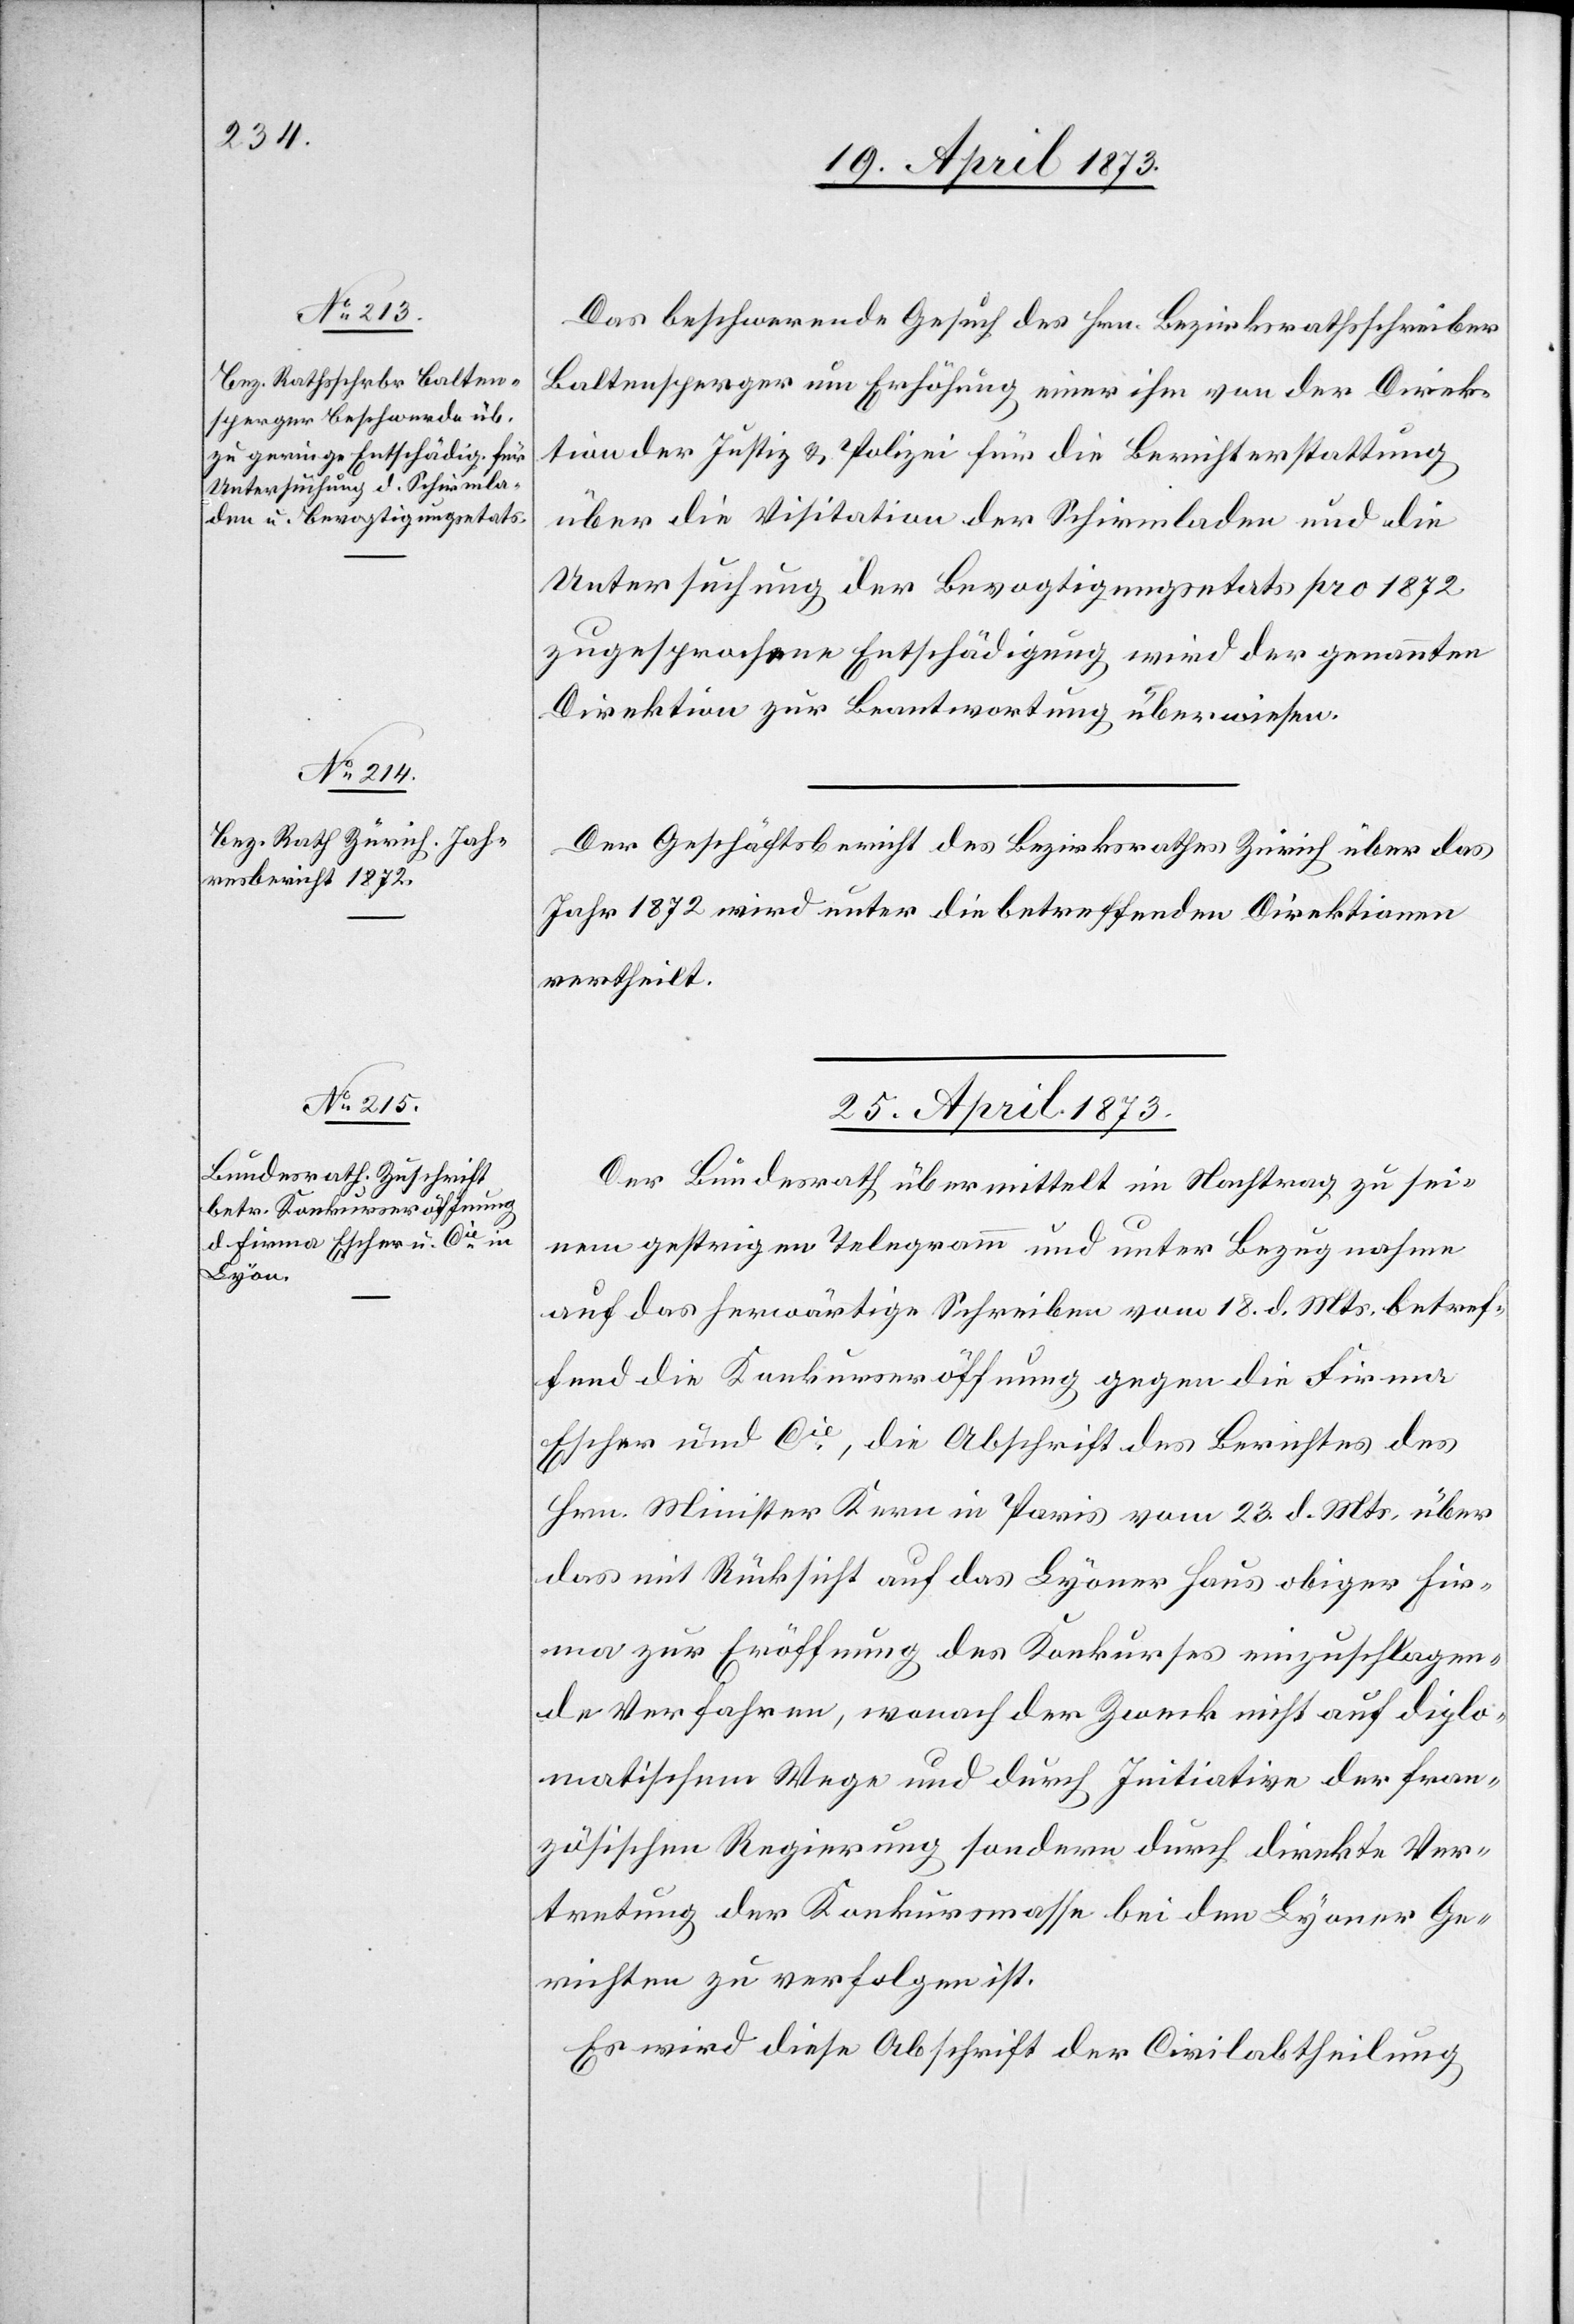
24. April 1873]
Das beschwerende Gesuch des Hrn. Bezirksrathsschreiber
Baltensperger um Erhöhung einer ihm von der Direk¬
tion der Justiz & Polizei für die Berichterstattung
über die Visitation der Schirmladen und die
Untersuchung der Bevogtigungsetats pro 1872
zugesprochene Entschädigung wird der genannten
Direktion zur Beantwortung überwiesen.
Der Geschäftsbericht des Bezirksrathes Zürich über das
Jahr 1872 wird unter die betreffenden Direktionen
vertheilt.
25. April 1873
Der Bundesrath übermittelt im Nachtrag zu sei¬
nem gestrigen Telegramm und unter Bezugnahme
auf das herwärtige Schreiben vom 18. d. Mts. betref¬
fend die Konkurseröffnung gegen die Firma
Escher und Cie, die Abschrift des Berichtes des
Hrn. Minister Kern in Paris vom 23. d. Mts. über
das mit Rücksicht auf das Lyoner Haus obiger Fir¬
ma zur Eröffnung des Konkurses einzuschlagen¬
de Verfahren, wonach der Zweck nicht auf diplo¬
matischem Wege und durch Initiative der fran¬
zösischen Regierung sondern durch direkte Ver¬
tretung der Konkursmasse bei den Lyoner Ge¬
richten zu verfolgen ist.
Es wird diese Abschrift der Civilabtheilung